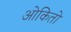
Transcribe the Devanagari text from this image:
ओकितो